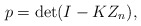
\begin{align*}p= \det (I - KZ_n),\end{align*}